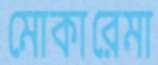
মোকারেমা